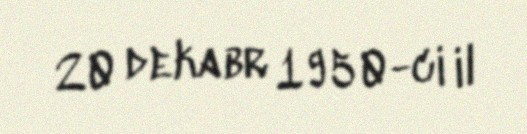
20 dekabr 1950-ci il